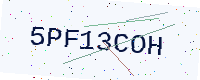
Text: 5PF13COH